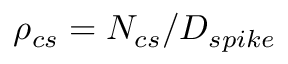
\rho _ { c s } = N _ { c s } / D _ { s p i k e }